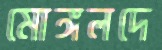
মোঙ্গলদে